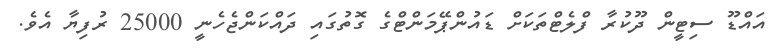
އައްޑޫ ސިޓީން ދޫކުރާ ފްލެޓްތަކަށް ޑައުންޕޭމަންޓްގެ ގޮތުގައި ދައްކަންޖެހެނީ 25000 ރުފިޔާ އެވެ.